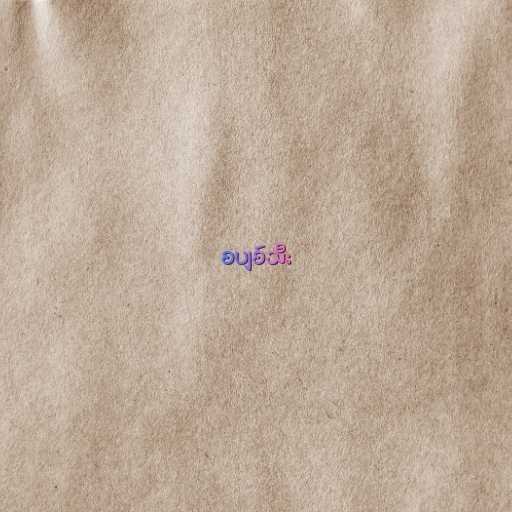
စပျစ်သီး